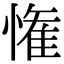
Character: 𭞞